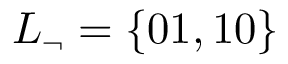
L _ { \neg } = \{ 0 1 , 1 0 \}